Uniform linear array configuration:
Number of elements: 16
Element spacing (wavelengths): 0.75
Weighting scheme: exponential
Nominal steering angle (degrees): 60
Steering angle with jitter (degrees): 60.32
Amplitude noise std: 0.05
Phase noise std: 0.05

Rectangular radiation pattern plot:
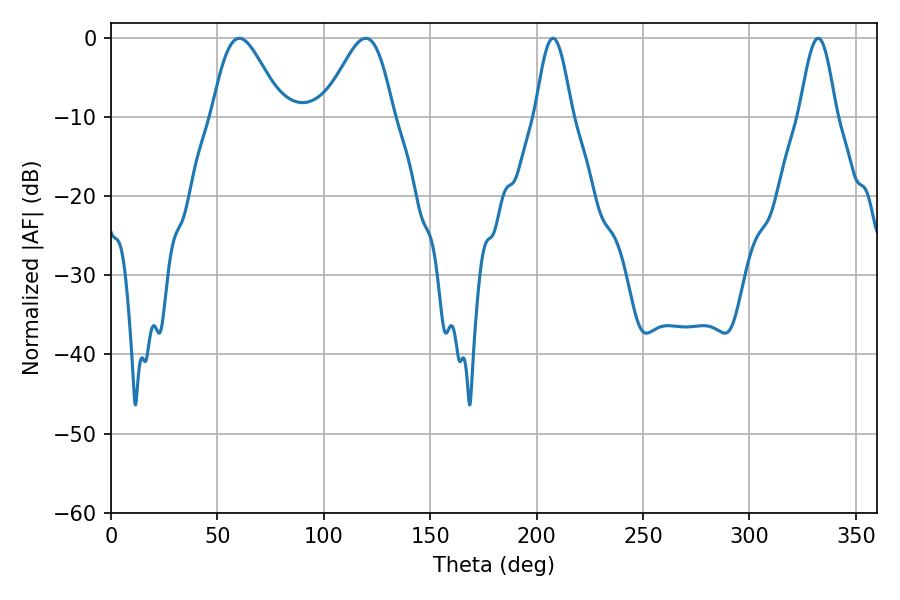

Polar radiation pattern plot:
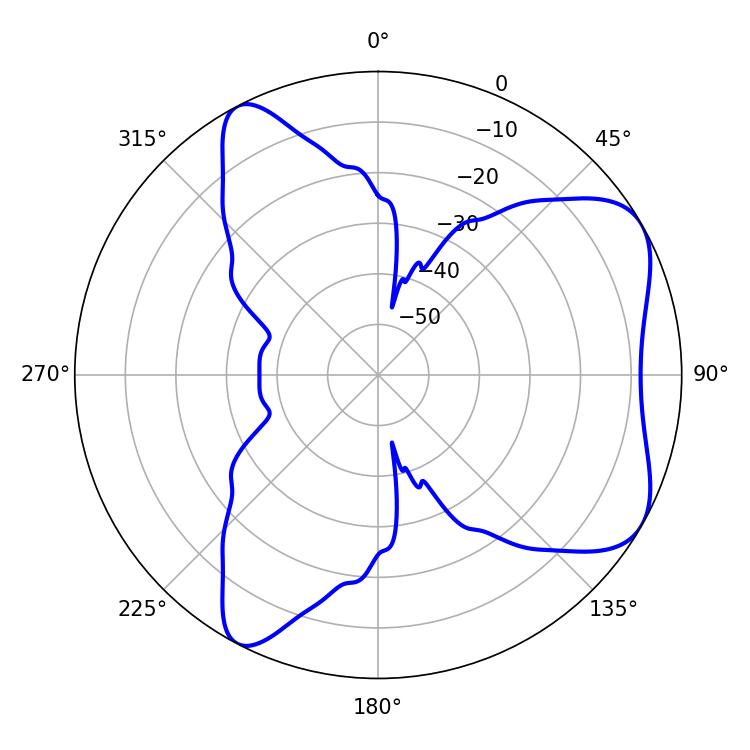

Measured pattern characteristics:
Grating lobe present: TRUE
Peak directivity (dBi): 6.302
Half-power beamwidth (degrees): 17.28
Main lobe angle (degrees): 60.3